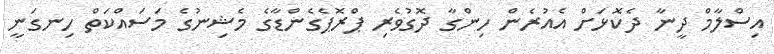
އިސްލާމް ދީނާ ދެކޮޅަށް އެއުރެން ހިންގާ ދޮގުވެރި ޕްރޮޕެގެންޑާގެ މެޝިނުގެ މަސައްކަތް ހިނގަނީ